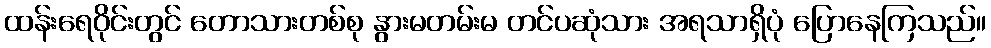
ထန်းရေဝိုင်းတွင် တောသားတစ်စု နွားမတမ်းမ တင်ပဆုံသား အရသာရှိပုံ ပြောနေကြသည်။